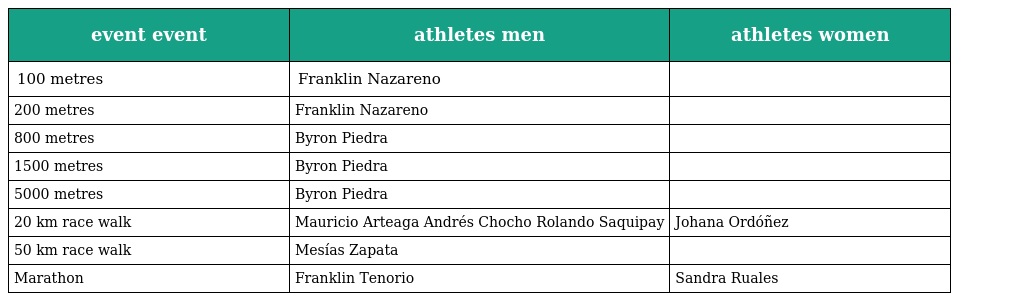
| event event | athletes men | athletes women |
 | --- | --- | --- |
 | 100 metres | Franklin Nazareno |  |
 | 200 metres | Franklin Nazareno |  |
 | 800 metres | Byron Piedra |  |
 | 1500 metres | Byron Piedra |  |
 | 5000 metres | Byron Piedra |  |
 | 20 km race walk | Mauricio Arteaga Andrés Chocho Rolando Saquipay | Johana Ordóñez |
 | 50 km race walk | Mesías Zapata |  |
 | Marathon | Franklin Tenorio | Sandra Ruales |